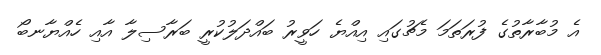
އެ މުބާރާތުގެ ފުރަތަމަ މެޗުގައި އިއްޔެ ހަވީރު ބައްދަލުކުރީ ބަރާސިލާ އާއި ހެއްޔާނބޯ